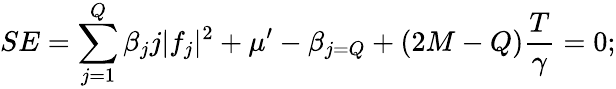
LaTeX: SE=\sum_{j=1}^{Q}\beta_{j}j\lvert f_{j}\rvert^{2}+\mu^{\prime}-\beta_{j=Q}+(2M-Q)\frac{T}{\gamma}=0;